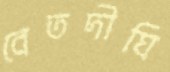
বেতদীঘি